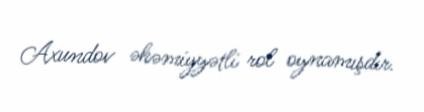
Axundov əhəmiyyətli rol oynamışdır.